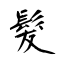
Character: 髮